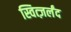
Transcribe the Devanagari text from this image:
स्वित्ज़र्लंद